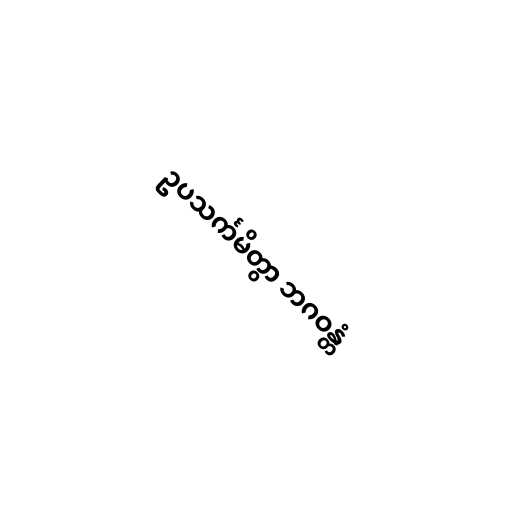
ဥပသင်္ကမိတွာ ဘဂဝန္တံ